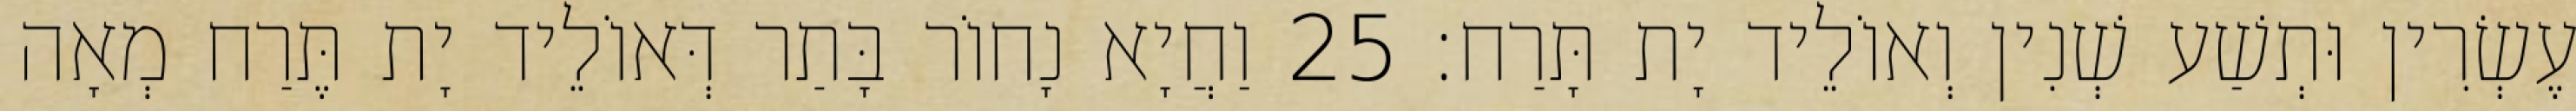
עֶשְׂרִין וּתְשַׁע שְׁנִין וְאוֹלֵיד יָת תָּרַח׃ 25 וַחֲיָא נָחוֹר בָּתַר דְּאוֹלֵיד יָת תֶּרַח מְאָה